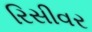
રિસીવર